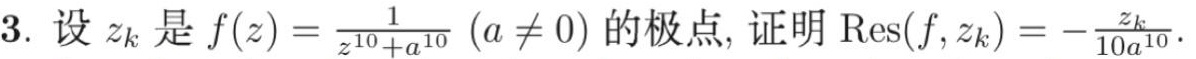
3. 设 \(z_k\) 是 \(f(z)=\frac{1}{z^{10}+a^{10}}(a\neq0)\) 的极点, 证明 \(\text{Res}(f,z_k)=-\frac{z_k}{10a^{10}}\).